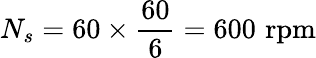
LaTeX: N_{s}=60\times{\frac{60}{6}}=600\, \, {\mathrm{rpm}}